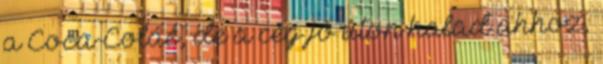
a Coca-Coláé, de a cég jó úton halad ahhoz,